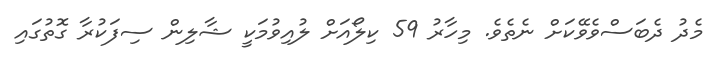
މެދު ދެބަސްވެވޭކަށް ނެތެވެ. މިހާރު 59 ކިލޯއަށް ލުއިވުމަކީ ޝާލިން ސިފަކުރާ ގޮތުގައި